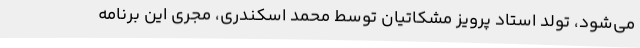
می‌شود، تولد استاد پرویز مشکاتیان توسط محمد اسکندری، مجری این برنامه